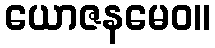
ယောဇနမေဝ။